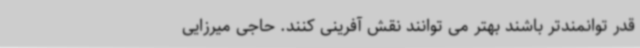
قدر توانمندتر باشند بهتر می توانند نقش آفرینی کنند. حاجی میرزایی